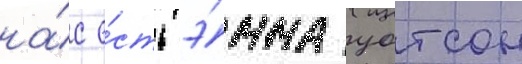
на́с е́сть э́мма уотсон